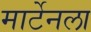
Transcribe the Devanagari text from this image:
मार्टेनला